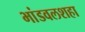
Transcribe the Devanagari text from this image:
भांडवलशहा